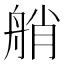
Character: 艄